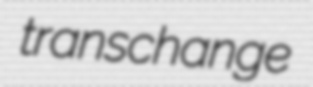
transchange